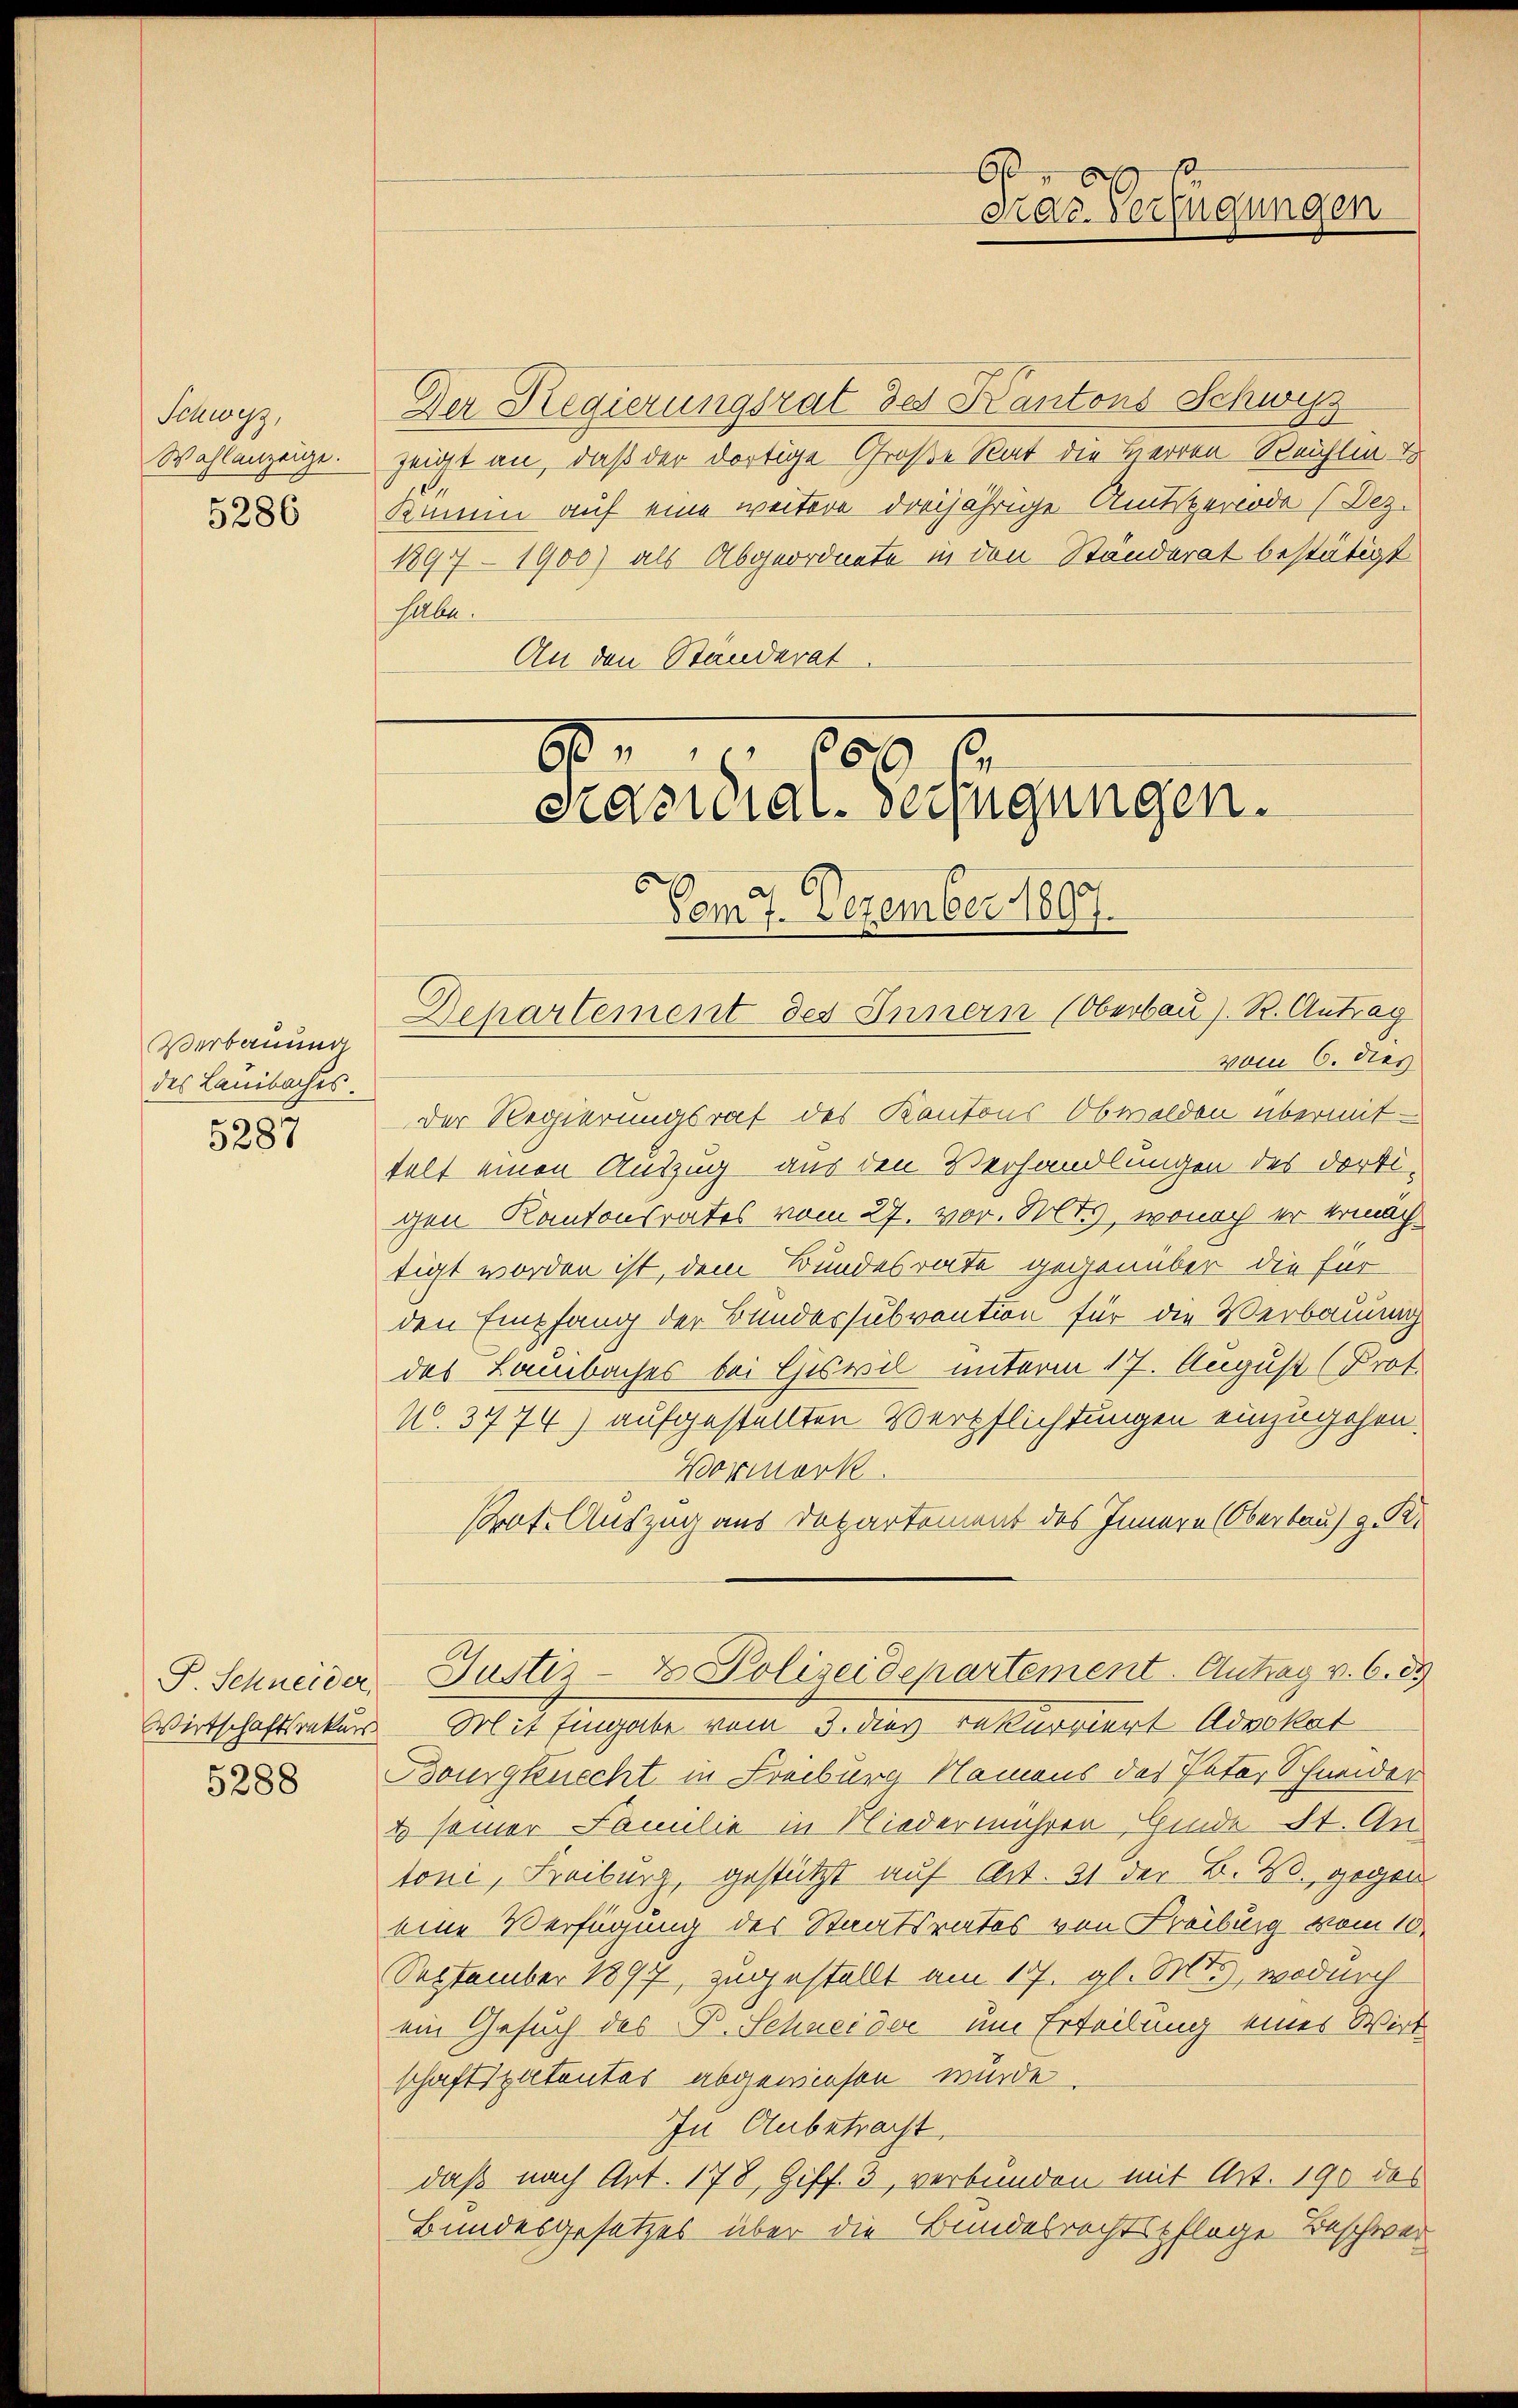
Schwyz,
Wahlanzeige.
5286

Verbauung
des Lausbaches.
5287

5288

Der Regierungsrat des Kantons Schwyz
zeigt an, daß der dortige Große Rat die Hierren Seuchlin u
Kumme auf eine weitere dreijährige Amtsperiode (Dez.
1897-1900) als Abgeordnete in den Ständerat bestätigt
selbe.
An den Ständerat

60
Gras Verfügungen

60
100
Satural-Segugungen.
a
Vom 7. Dezember 1897.

Departement des Innern (Oberbau s. R. Antrag
vom 6. dies
Der Regierungsrat des Kantons Obwalden übermittelt einen Auszug aus den Verhandlungen des dorti-
gen Kantonsrates vom 27. vor. Solts, wonach er ermächtigt worden ist, dem Bundesrate gegenüber die für
den Empfang der Bundessubvention für die Verbauung
des Lausbaches bei Ciswil unterm 17. August (Prot.
N. 3774) aufgestellten Verpflichtungen einzugehen.
Vormerk.
Prot. Auszug aus Departement des Innern (Oberbaus z.
S. Schneider Justiz- & Polizeidepartement. Antrag v. 6. d.
Wirtschaftsrekurs Mit Eingabe vom 3. dies rekurriert Advokat
Bourgknecht in Freiburg Namens des Peter Schneider
u seiner Familie in Niedermühren Hinde St. An
toni, Freiburg, gestützt auf Art. 21 der B. W., gegen
eine Verfügung des Staatsrates von Freiburg vom 10.
September 1897, zugestellt am 17. gl. Mts., wodurch
ein Gesuch des B. Schneider um Erteilung eines Wirt
schaftspatentes abgewiesen wurde.
In Anbetracht.
daß nach Art. 178, Ziff. 3, verbunden mit Art. 190 das
Bundesgesetzes über die Bundesrechtspflege Beschwer